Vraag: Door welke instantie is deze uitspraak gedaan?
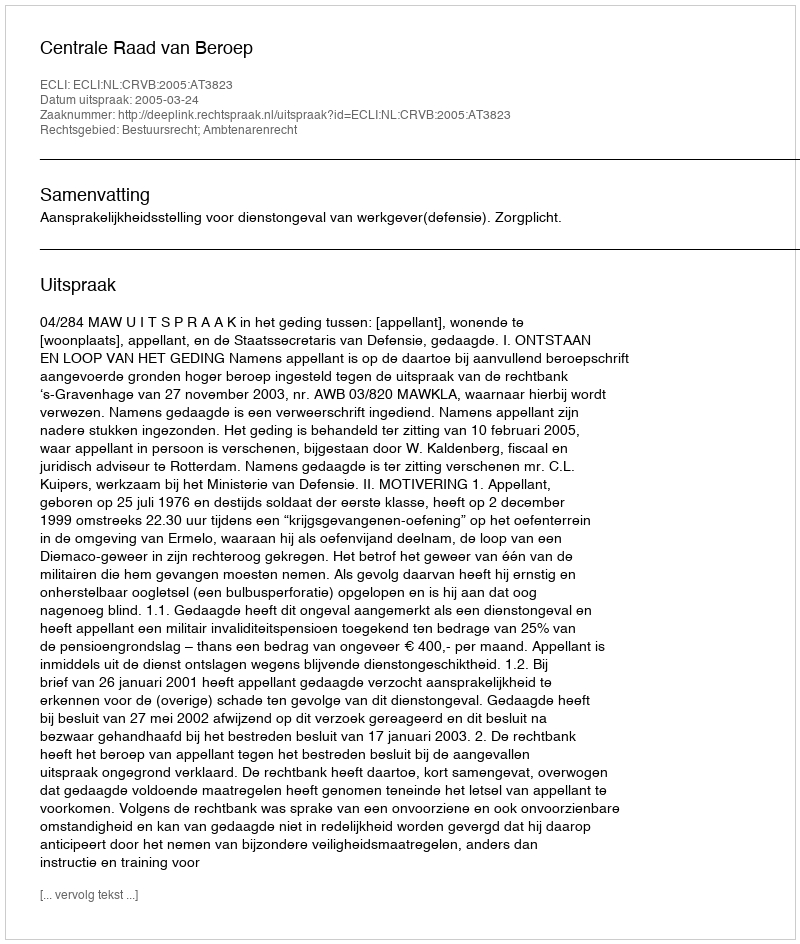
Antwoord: Centrale Raad van Beroep